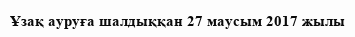
Ұзақ ауруға шалдыққан 27 маусым 2017 жылы